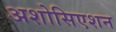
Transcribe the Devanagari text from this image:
अशोसिएशन